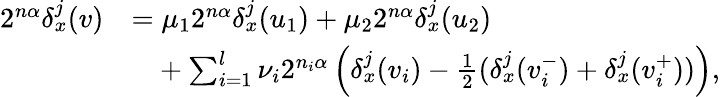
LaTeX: \begin{array}{rl}{2^{n\alpha}\delta_{x}^{j}(v)}&{=\mu_{1}2^{n\alpha}\delta_{x}^{j}(u_{1})+\mu_{2}2^{n\alpha}\delta_{x}^{j}(u_{2})}\\ &{\phantom{=}+\sum_{i=1}^{l}\nu_{i}2^{n_{i}\alpha}\left(\delta_{x}^{j}(v_{i})-\frac 12(\delta_{x}^{j}(v_{i}^{-})+\delta_{x}^{j}(v_{i}^{+}))\right)\mathrm{,}}\end{array}